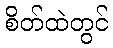
စိတ်ထဲတွင်